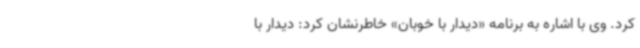
کرد. وی با اشاره به برنامه «دیدار با خوبان» خاطرنشان کرد: دیدار با